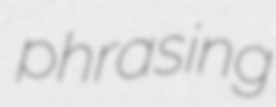
phrasing